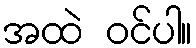
အထဲ ဝင်ပါ။